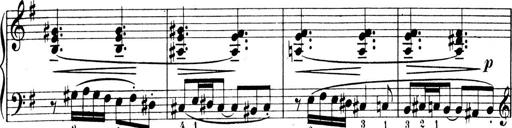
Title: 4 Sonatines
Composer: Max Reger